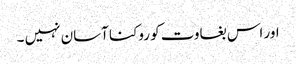
اور اس بغاوت کو روکنا آسان نہیں ۔